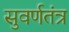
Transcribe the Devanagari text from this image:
सुवर्णतंत्र